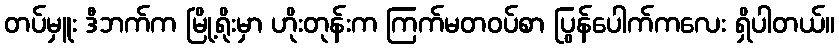
တပ်မှူး ဒီဘက်က မြို့ရိုးမှာ ဟိုးတုန်းက ကြက်မတဝပ်စာ ပြွန်ပေါက်ကလေး ရှိပါတယ်။